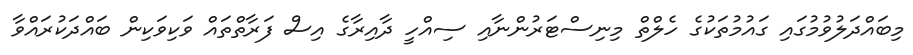
މިބައްދަލުވުމުގައި ގައުމުތަކުގެ ހެލްތް މިނިސްޓަރުންނާއި ސިއްހީ ދާއިރާގެ އިސް ފަރާތްތައް ވަކިވަކިން ބައްދަކުރައްވާ